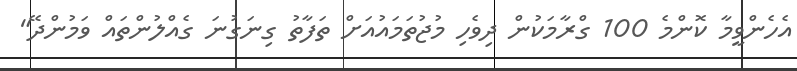
އެހެންވީމާ ކޮންމެ 100 ގްރާމަކުން ދިވެހި މުޖުތަމައުއަށް ތަފާތު ގިނަގުނަ ގެއްލުންތައް ވަމުންދޭ"